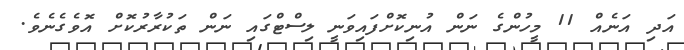
އަދި އަނެއް 11 މީހުންގެ ނަން އުނިކޮށްފައިވަނީ ލިސްޓްގައި ނަން ތަކުރާރުކޮށް އޮވެގެނެވެ.